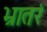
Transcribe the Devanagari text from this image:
भ्रातरं